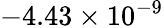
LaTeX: -4.43\times 10^{-9}